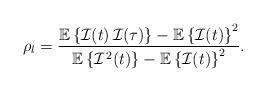
LaTeX: \begin{align*}\rho_l = \frac{\mathbb{E}\left\{ \mathcal{I}(t)\, \mathcal{I}(\tau)\right\} - \mathbb{E}\left\{ \mathcal{I}(t) \right\}^2} {\mathbb{E}\left\{ \mathcal{I}^{\,2}(t) \right\} - \mathbb{E}\left\{ \mathcal{I}(t)\right\}^2}.\end{align*}